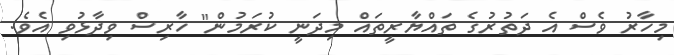
މިހާރު ވެސް އެ ދަތުރުގެ ތައްޔާރީތައް މިދަނީ ކުރަމުން" ހާރިސް ވިދާޅުވި އެވެ.